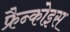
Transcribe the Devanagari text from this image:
फ्रैन्कोइस